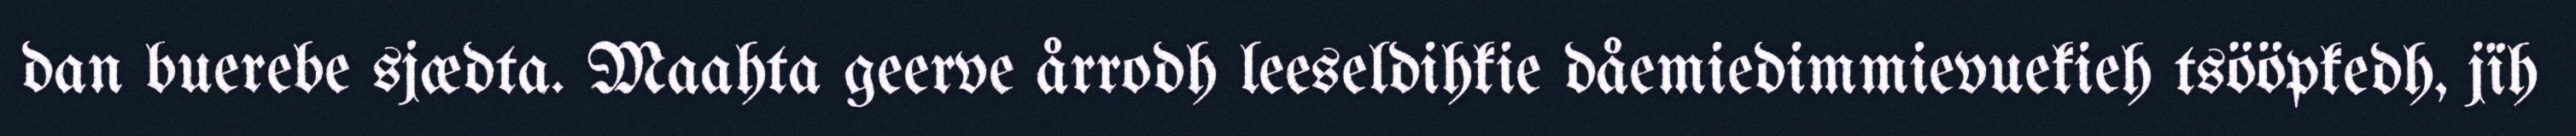
dan buerebe sjædta. Maahta geerve årrodh leeseldihkie dåemiedimmievuekieh tsööpkedh, jïh